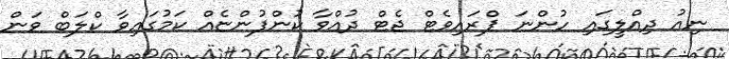
ނިއު ދިއްލީގައި ހުންނަ ޕްރައިވެޓް ޖެޓް ދުއްވާ ކުންފުންޏެއް ކަމުގައިވާ ކްލަބް ވަން